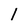
Character: l